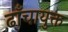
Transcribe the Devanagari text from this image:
ढाँचायुक्त